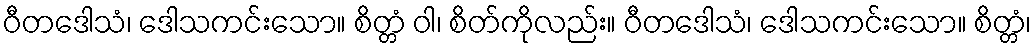
ဝီတဒေါသံ၊ ဒေါသကင်းသော။ စိတ္တံ ဝါ၊ စိတ်ကိုလည်း။ ဝီတဒေါသံ၊ ဒေါသကင်းသော။ စိတ္တံ၊